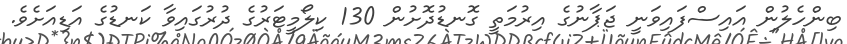
ބިންހެލުން އައިސްފައިވަނީ ޖަޕާނުގެ އިރުމަތީ ގޮނޑުދޮށުން 130 ކިލޯމީޓަރުގެ ދުރުގައިވާ ކަނޑުގެ އަޑިއަށެވެ.